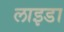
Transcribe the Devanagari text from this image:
लाइडा